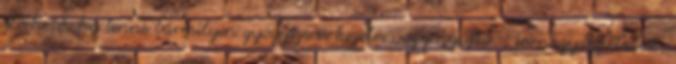
elérhető, ha lenne bármilyen gyógyszeres kezelés vagy nyújtó-, tornagyakorlatok,